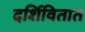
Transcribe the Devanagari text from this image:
दर्शिवितात